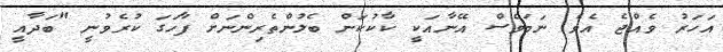
އަހަރު ވެއްޖެ އެވެ. ނަމަވެސް އޭނާއަކީ ކާކުކަން ބެލުންތެރިންނަށް ފާހަގަ ކުރެވުނީ "ބަދާއީ